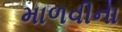
માળવીના